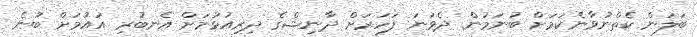
ބަލަން ކެތްނުވާނެކަމަށް ބުނަމުން